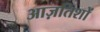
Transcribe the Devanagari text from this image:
आज़तिशों